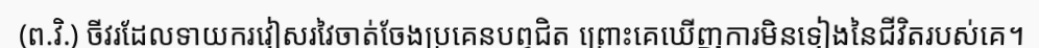
(ព.វិ.) ចីវរដែលទាយករវៀសរវៃចាត់ចែងប្រគេនបព្វជិត ព្រោះគេឃើញការមិនទៀងនៃជីវិតរបស់គេ។